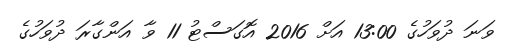
ވަނަ ދުވަހުގެ 13:00 އަށް 2016 އޮގަސްޓު 11 ވާ އަންގާރަ ދުވަހުގެ